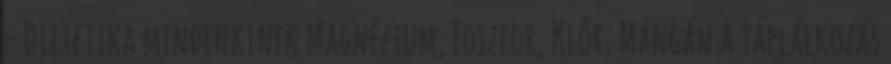
- Dietetika mindenkinek Magnézium, Foszfor, Klór, Mangán A táplálkozás